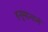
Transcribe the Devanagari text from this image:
हनुमानानं